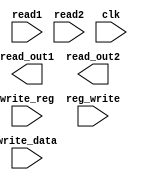
module register_file(read_out1, read_out2, read1, read2, write_reg, write_data, reg_write, clk); 
    input [1:0] read1;
    input [1:0] read2;
    input [1:0] write_reg;
    input [15:0] write_data;
    input reg_write;
    input clk;
    output [15:0] read_out1;
    output [15:0] read_out2;

    //TODO: implement register file

endmodule